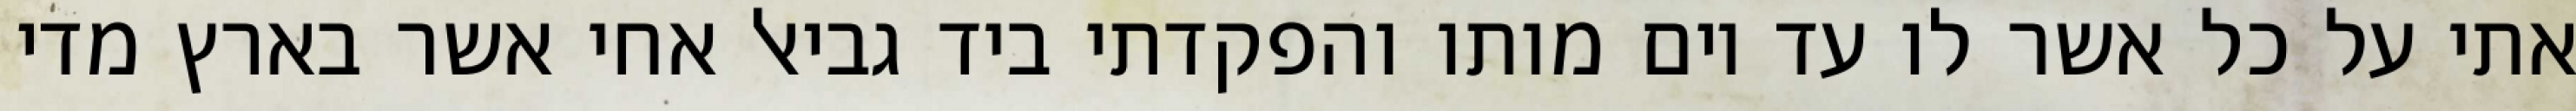
אתי על כל אשר לו עד יום מותו והפקדתי ביד גביאל אחי אשר בארץ מדי